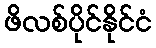
ဖိလစ်ပိုင်နိုင်ငံ